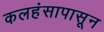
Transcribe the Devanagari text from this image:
कलहंसापासून